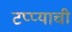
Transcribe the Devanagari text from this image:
टप्प्याची